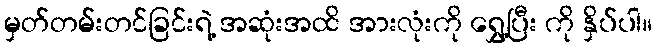
မှတ်တမ်းတင်ခြင်းရဲ့ အဆုံးအထိ အားလုံးကို ရွှေ့ပြီး ကို နှိပ်ပါ။